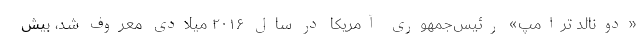
«دونالد ترامپ» رئیس‌جمهوری آمریکا در سال ۲۰۱۶ میلادی معروف شد، بیش